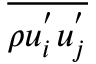
\overline { { \rho u _ { i } ^ { ' } u _ { j } ^ { ' } } }